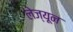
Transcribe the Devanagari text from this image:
लेज्यून